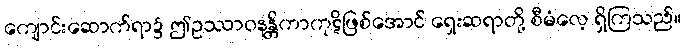
ကျောင်းဆောက်ရာ၌ ဤဥဿာဝနန္တိကာကုဋိဖြစ်အောင် ရှေးဆရာတို့ စီမံလေ့ ရှိကြသည်။